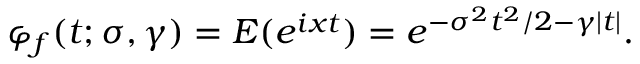
\varphi _ { f } ( t ; \sigma , \gamma ) = E ( e ^ { i x t } ) = e ^ { - \sigma ^ { 2 } t ^ { 2 } / 2 - \gamma | t | } .